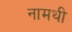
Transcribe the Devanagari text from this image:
नामथी